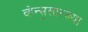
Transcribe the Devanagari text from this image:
व्हेन्स॒सारख्या